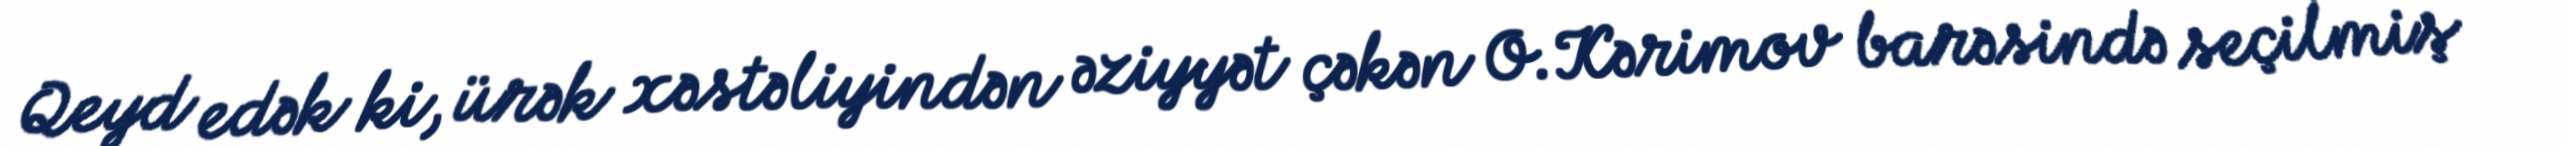
Qeyd edək ki, ürək xəstəliyindən əziyyət çəkən O.Kərimov barəsində seçilmiş